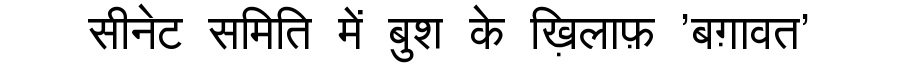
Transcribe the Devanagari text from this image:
सीनेट समिति में बुश के ख़िलाफ़ 'बग़ावत'